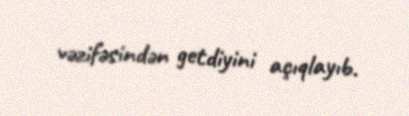
vəzifəsindən getdiyini açıqlayıb.